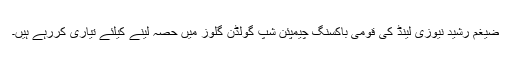
ضیغم رشید نیوزی لینڈ کی قومی باکسنگ چیمپئن شپ گولڈن گلوز میں حصہ لینے کیلئے تیاری کررہے ہیں۔